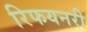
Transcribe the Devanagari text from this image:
रिफयनरी